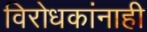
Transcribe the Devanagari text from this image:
विरोधकांनाही